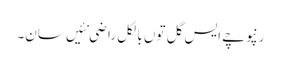
رنپوچے ایس گل توں بالکل راضی نئیں سان۔